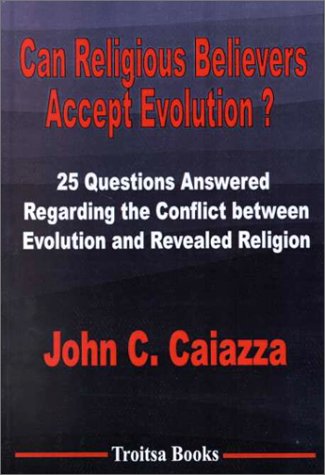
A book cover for Can Religious Believers Accept Evolution?: 25 Questions Answered Regarding the Conflict Between Evolution and Revealed Religion; John C. Caiazza; Christian Books & Bibles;